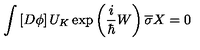
\int \left[ D \phi \right] U _ { K } \exp \left( \frac i \hbar W \right) \overline { { \sigma } } X = 0